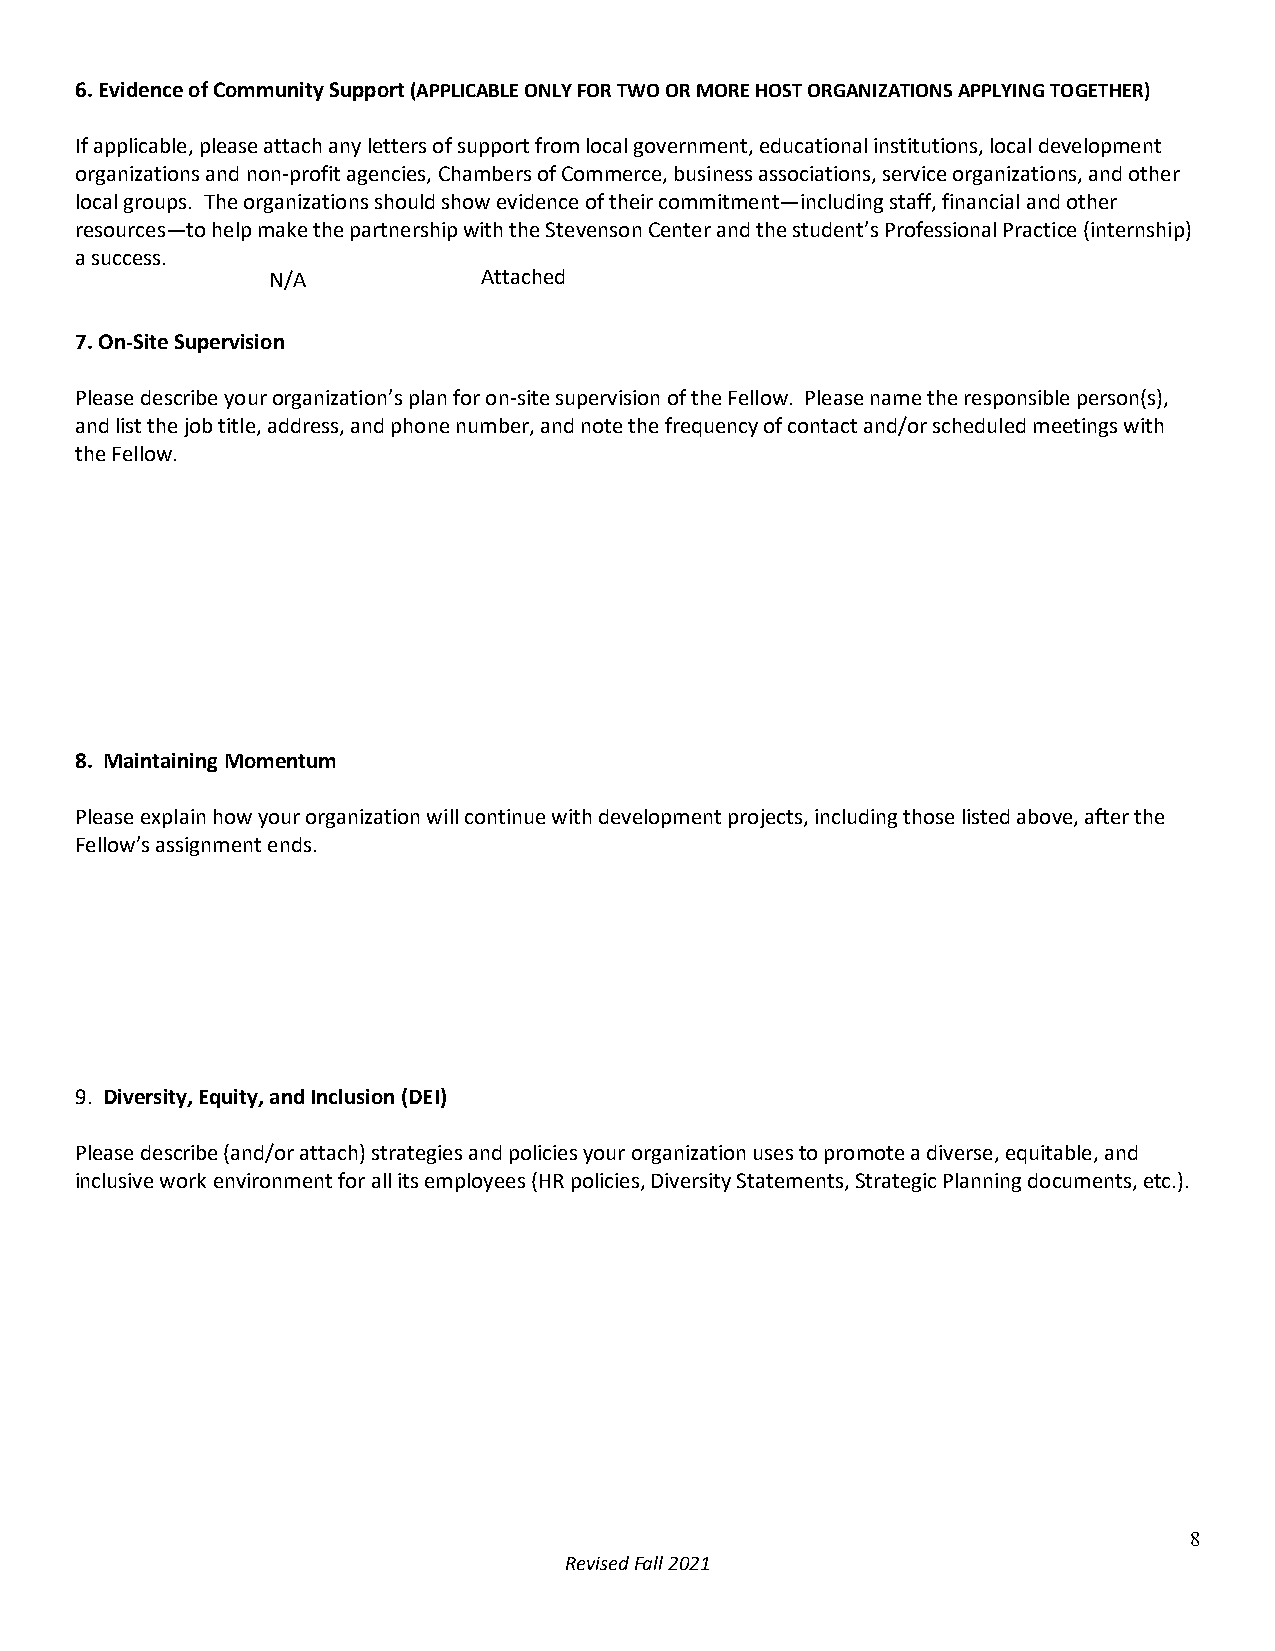
6.Evidence of Community Support (APPLICABLE ONLY FOR TWO OR MORE HOST ORGANIZATIONS APPLYING TOGETHER)
 If applicable, please attach any letters of support from local government, educational institutions, local development
 organizations and non-profit agencies, Chambers of Commerce, business associations, service organizations, and other
 local groups. The organizations should show evidence of their commitment—including staff, financial and other
 resources—to help make the partnership with the Stevenson Center and the student’s Professional Practice (internship)
 a success.
 N/A           Attached
 7.On-Site Supervision
 Please describe your organization’s plan for on-site supervision of the Fellow. Please name the responsible person(s),
 and list the job title, address, and phone number, and note the frequency of contact and/or scheduled meetings with
 the Fellow.
 8. Maintaining Momentum
 Please explain how your organization will continue with development projects, including those listed above, after the
 Fellow’s assignment ends.
 9. Diversity, Equity, and Inclusion (DEI)
 Please describe (and/or attach) strategies and policies your organization uses to promote a diverse, equitable, and
 inclusive work environment for all its employees (HR policies, Diversity Statements, Strategic Planning documents, etc.).
 8
 Revised Fall 2021